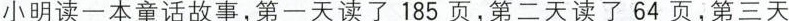
小明读一本童话故事，第一天读了185页，第二天读了64页，第三天